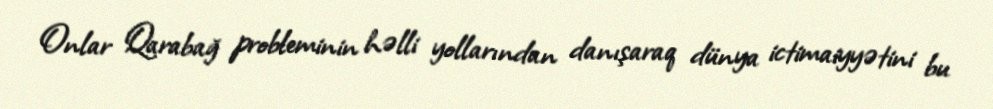
Onlar Qarabağ probleminin həlli yollarından danışaraq dünya ictimaiyyətini bu